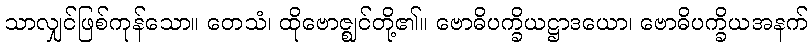
သာလျှင်ဖြစ်ကုန်သော။ တေသံ၊ ထိုဗောဇ္ဈင်တို့၏။ ဗောဓိပက္ခိယဋ္ဌာဒယော၊ ဗောဓိပက္ခိယအနက်